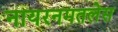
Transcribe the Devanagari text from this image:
नायरनमतलेस